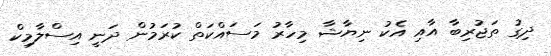
ދިގު ތަޖުރިބާ އާއި އެކު ނިޔާޝާ މިހާރު މަސައްކަތް ކުރަމުން ދަނީ އިސްލާމިކް